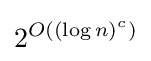
2^{O((\log n)^{c})}